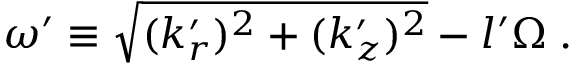
\omega ^ { \prime } \equiv \sqrt { ( k _ { r } ^ { \prime } ) ^ { 2 } + ( k _ { z } ^ { \prime } ) ^ { 2 } } - l ^ { \prime } \Omega \; .